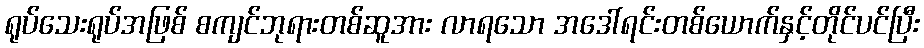
ရုပ်သေးရုပ်အဖြစ် စကျင်ဘုရားတစ်ဆူအား လာရသော အဒေါ်ရင်းတစ်ယောက်နှင့်တိုင်ပင်ပြီး